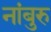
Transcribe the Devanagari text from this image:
नांबुरु